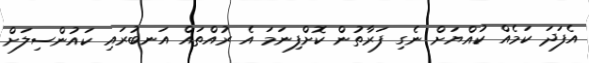
އެފަދަ ކަމެއް ކުއްޔަށް ނެގި ފަރާތުން ކޮށްފިނަމަ އެ ރުއްތައް އަނބުރައި ކައުންސިލަށް